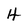
Character: H